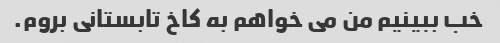
خب ببینیم من می خواهم به کاخ تابستانی بروم.